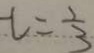
L = \frac { 1 } { 3 }